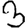
Digit: 3